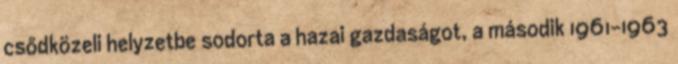
csődközeli helyzetbe sodorta a hazai gazdaságot, a második 1961-1963